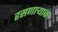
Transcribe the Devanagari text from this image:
हसणार्‍याक